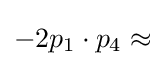
-2p_{1}\cdot p_{4}\approx